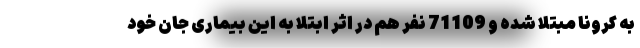
به کرونا مبتلا شده و 71109 نفر هم در اثر ابتلا به این بیماری جان خود